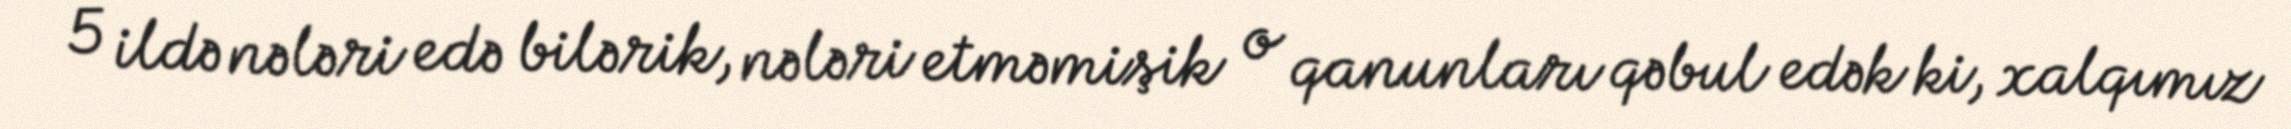
5 ildə nələri edə bilərik, nələri etməmişik o qanunları qəbul edək ki, xalqımız